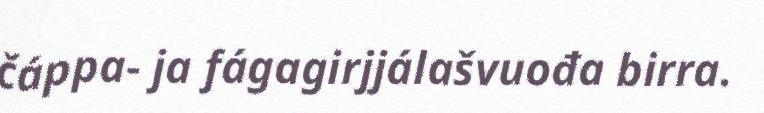
čáppa- ja fágagirjjálašvuođa birra.